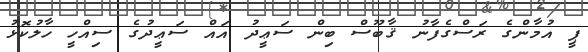
ޕީ އުމާންގެ ރަސްގެފާނު ޤާބޫސް ބިން ސަޢީދު އައް ސަޢީދުގެ ސިއްހީ ހާލުކޮޅު